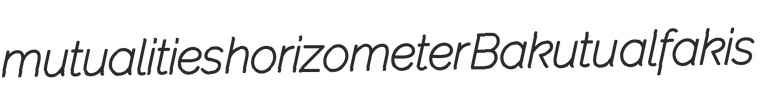
mutualities horizometer Bakutu alfakis